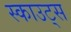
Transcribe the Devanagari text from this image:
स्‍काउट्स